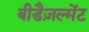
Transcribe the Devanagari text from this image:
बीडैज़ल्मेंट